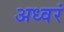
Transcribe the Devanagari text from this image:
अध्वरं